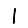
Digit: 1